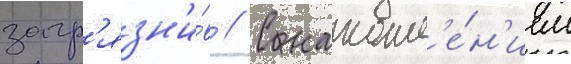
загр'язн'и́в // С накопл'е́н'ием